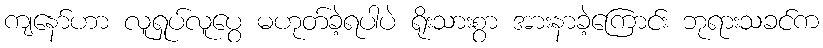
ကျနော်ဟာ လူရှုပ်လူပွေ မဟုတ်ခဲ့ရပါပဲ ရိုးသားစွာ အားနာခဲ့ကြောင်း ဘုရားသခင်က